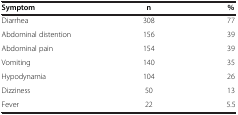
| Symptom | n | % |
 | --- | --- | --- |
 | Diarrhea | 308 | 77 |
 | Abdominal distention | 156 | 39 |
 | Abdominal pain | 154 | 39 |
 | Vomiting | 140 | 35 |
 | Hypodynamia | 104 | 26 |
 | Dizziness | 50 | 13 |
 | Fever | 22 | 5.5 |